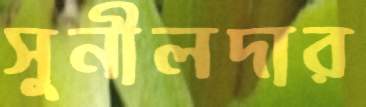
সুনীলদার